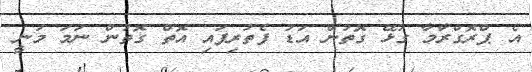
އެ ޕްރޮގްރާމާ ގުޅޭ ގޮތުން އަޑު ފެތުރިފައި އޮތް ގޮތުން ނަމަ މަނީ